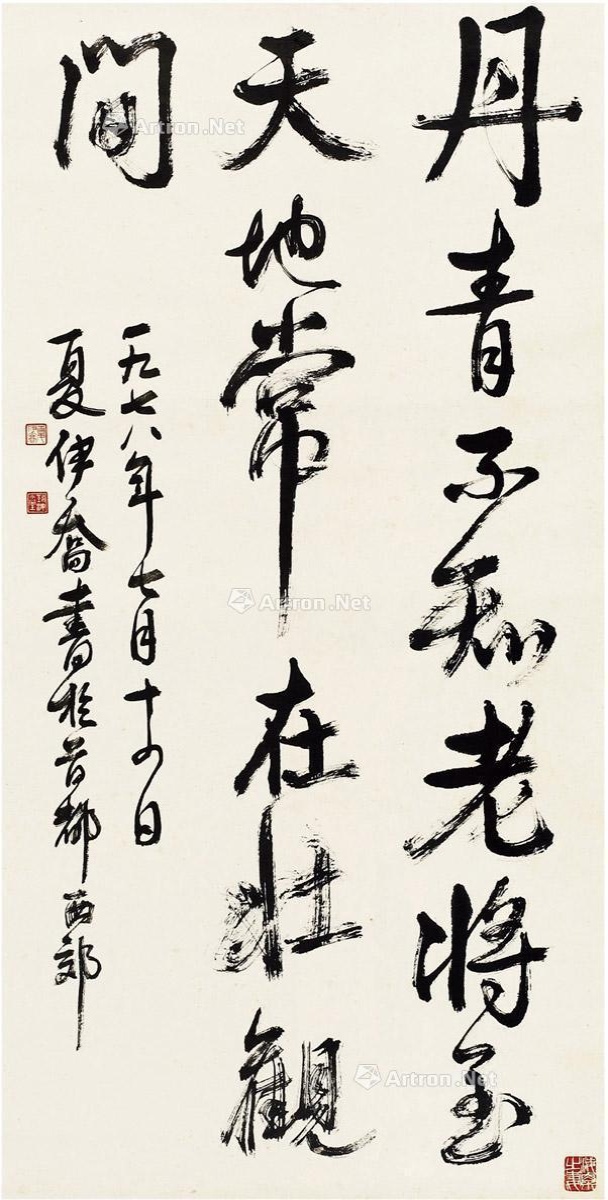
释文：丹青不知老将至，天地常在壮观间。一九七八年七月十四日，夏伊乔书于首都西郊。